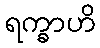
ရက္ခာဟိ